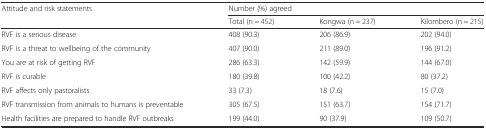
| <ROWSPAN=2> Attitude and risk statements | <COLSPAN=3> Number (%) agreed |
 | Total (n = 452) | Kongwa (n = 237) | Kilombero (n = 215) |
 | --- | --- | --- | --- |
 | RVF is a serious disease | 408 (90.3) | 206 (86.9) | 202 (94.0) |
 | RVF is a threat to wellbeing of the community | 407 (90.0) | 211 (89.0) | 196 (91.2) |
 | You are at risk of getting RVF | 286 (63.3) | 142 (59.9) | 144 (67.0) |
 | RVF is curable | 180 (39.8) | 100 (42.2) | 80 (37.2) |
 | RVF affects only pastoralists | 33 (7.3) | 18 (7.6) | 15 (7.0) |
 | RVF transmission from animals to humans is preventable | 305 (67.5) | 151 (63.7) | 154 (71.7) |
 | Health facilities are prepared to handle RVF outbreaks | 199 (44.0) | 90 (37.9) | 109 (50.7) |